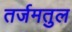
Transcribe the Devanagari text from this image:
तर्जमतुल